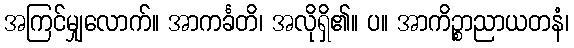
အကြင်မျှလောက်။ အာကင်္ခတိ၊ အလိုရှိ၏။ ပ။ အာကိဉ္စာညာယတနံ၊